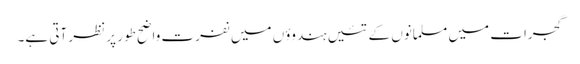
گجرات میں مسلمانوں کے تئیں ہندوؤں میں نفرت واضح طور پر نظر آتی ہے۔